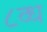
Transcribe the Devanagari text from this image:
८व्ध